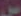
س